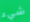
شيء